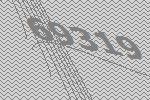
69319